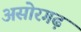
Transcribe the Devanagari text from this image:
असोरगढ़